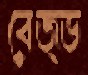
বেজ্ড